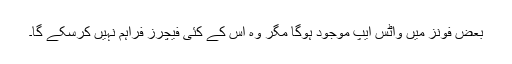
بعض فونز میں واٹس ایپ موجود ہوگا مگر وہ اس کے کئی فیچرز فراہم نہیں کرسکے گا۔